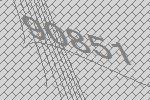
90851